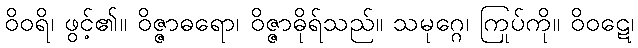
ဝိဝရိ၊ ဖွင့်၏။ ဝိဇ္ဇာဓရော၊ ဝိဇ္ဇာဓိုရ်သည်။ သမုဂ္ဂေ၊ ကြုပ်ကို။ ဝိဝဋေ၊